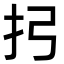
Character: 㧈